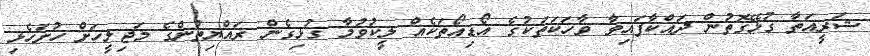
ޝަރީއަތާ ގުޅޭގޮތުން ދައްކާފައިވާ ވާހަކަތަކުގެ އޯޑިއޯތަކެއް ލީކުވުމާ ގުޅިގެން ރައްޔިތުންގެ މަޖިލީހަށް ހުށަހެޅި